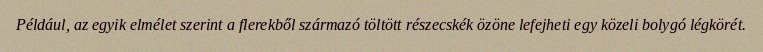
Például, az egyik elmélet szerint a flerekből származó töltött részecskék özöne lefejheti egy közeli bolygó légkörét.